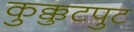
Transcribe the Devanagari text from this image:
कुक्कुटपुट